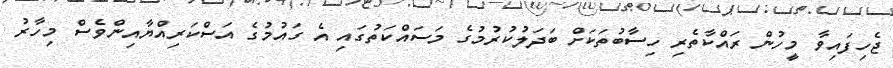
ޖެހިފައިވާ މީހުން ރައްކާތެރި ހިސާބުތަކަށް ބަދަލުކުރުމުގެ މަސައްކަތުގައި އެ ގައުމުގެ އަސްކަރިއްޔާއިންވެސް މިހާރު